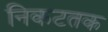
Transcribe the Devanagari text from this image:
निकटतक